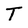
Character: T